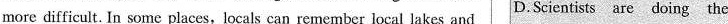
more difficult. In some places,locals can remember local lakes and D.Scientists are doing the